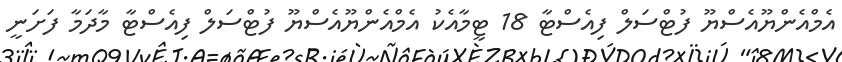
އެމްއެންޔޫއެސްޔޫ ފުޓްސަލް ފިއެސްޓާ 18 ޓީމާއެކު އެމްއެންޔޫއެސްޔޫ ފުޓްސަލް ފިއެސްޓާ މާދަމާ ފަށަނީ